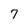
Character: 7